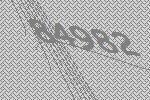
84982